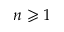
n \geqslant 1